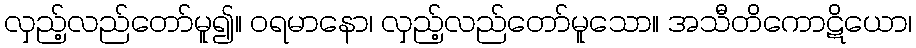
လှည့်လည်တော်မူ၍။ ဝရမာနော၊ လှည့်လည်တော်မူသော။ အသီတိကောဋိယော၊